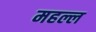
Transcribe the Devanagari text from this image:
महल्ल